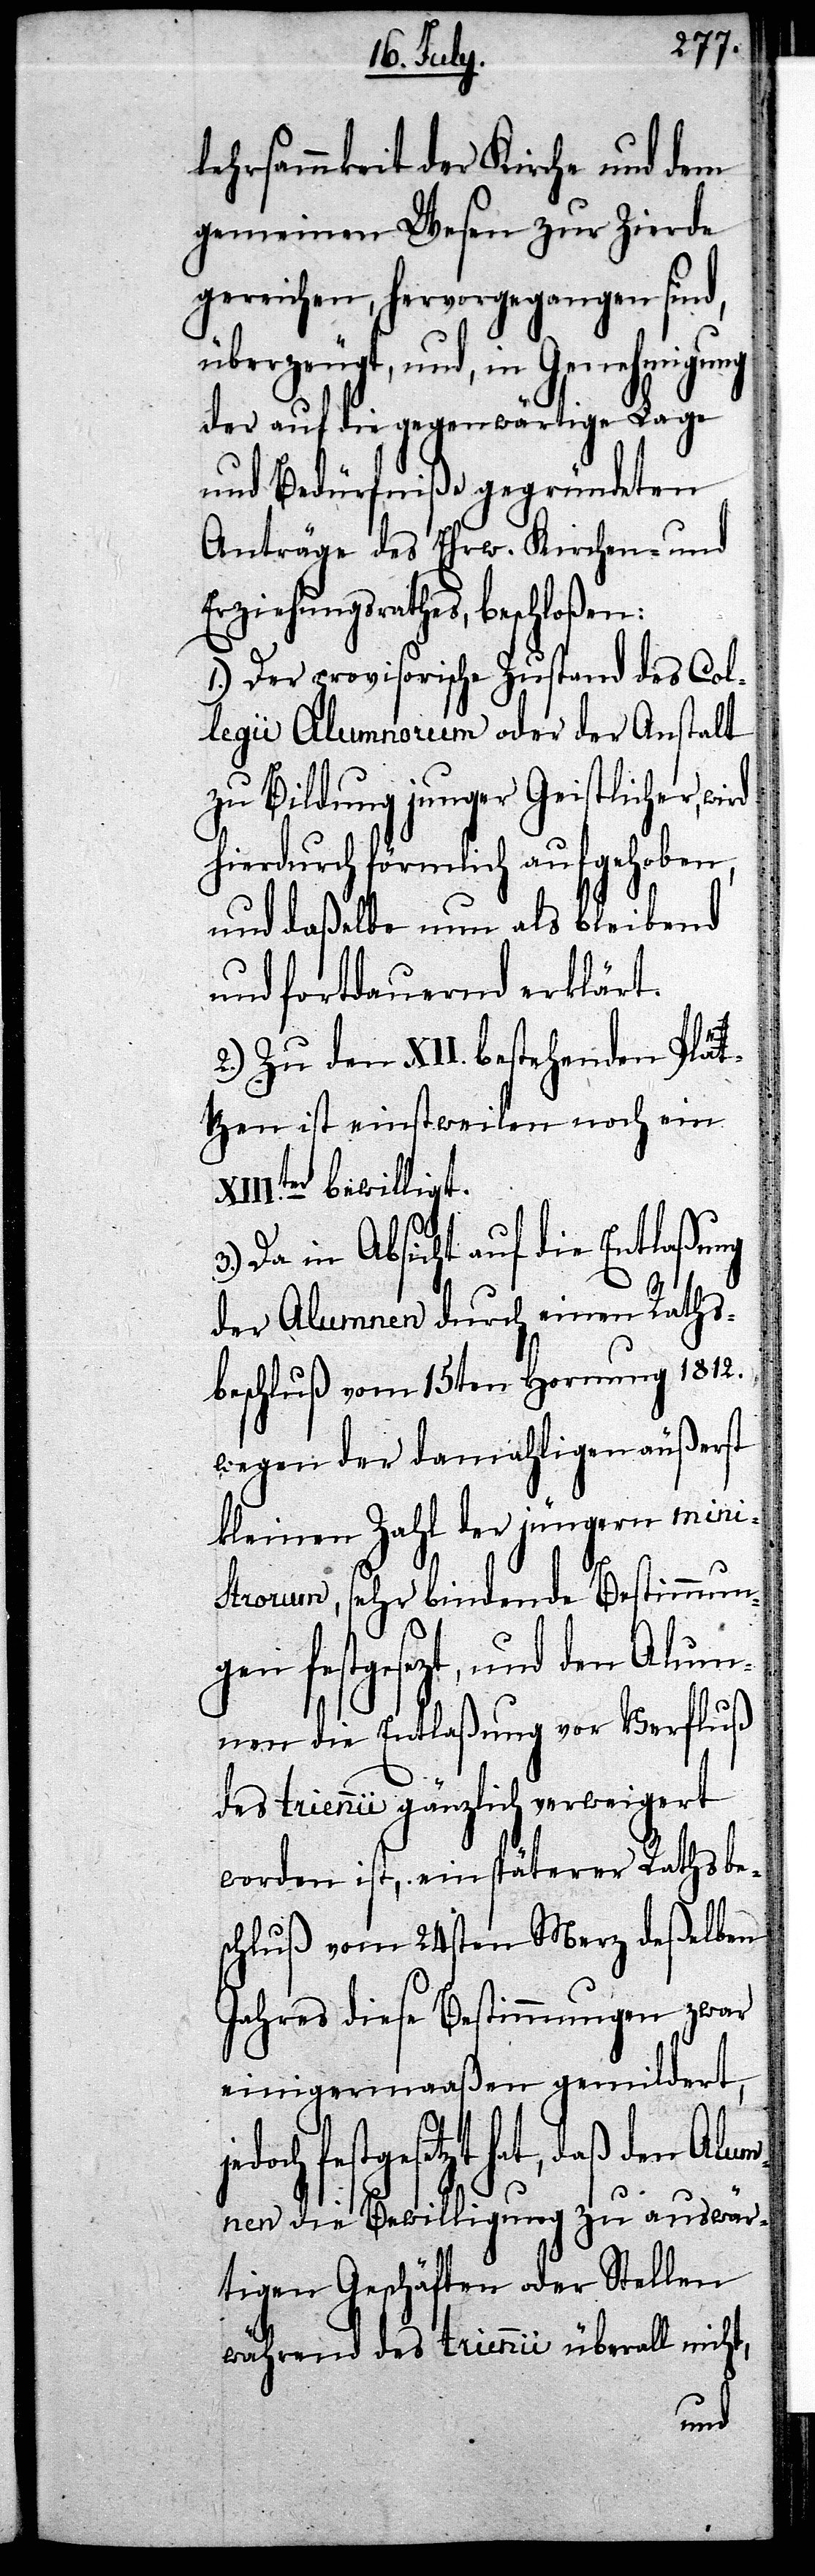
lehrsammkeit der Kirche und dem
gemeinen Wesen zur Zierde
gereichen, hervorgegangen sind,
überzeugt, und, in Genehmigung
der auf die gegenwärtige Lage
und Bedürfniße gegründeten
Anträge des Ehrw. Kirchen- und
Erziehungsrathes, beschloßen:
1.) Der provisorische Zustand des Col¬
legii Alumnorum oder der Anstalt
zu Bildung junger Geistlicher,
hierdurch förmlich aufgehoben,
und daßelbe nun als bleibend
und fortdauernd erklärt.
2.) Zu den XII. bestehenden Plä¬
tzen ist einstweilen noch ein
bewilligt.
Da in Absicht auf die Entlaßung
der Alumnen durch einen Raths¬
beschluß vom 15ten Hornung 1812.
wegen der damahligen äußerst
kleinen Zahl der jüngern mini¬
strorum, sehr bindende Bestimmun¬
gen festgesezt, und den Alum¬
nen die Entlaßung vor Verfluß
des triennii gänzlich verweigert
worden ist, ein späterer Rathsbe¬
schluß vom 24sten Merz deßelben
Jahres diese Bestimmungen zwar
einigermaaßen gemildert,
hat, daßden Alu¬
mnen die Bewilligung zu auswär¬
tigen Geschäften oder Stellen
während des triennii überall nicht,
wird